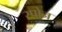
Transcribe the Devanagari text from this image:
स्पोन